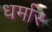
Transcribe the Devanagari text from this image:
धर्मार